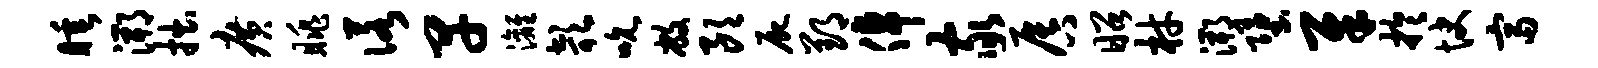
睡溯拙广眺诺早漓欹吮敝朗尸郢倬家唇昭材溯堕犀於快富